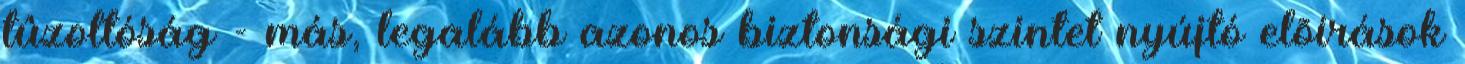
tûzoltóság - más, legalább azonos biztonsági szintet nyújtó elõírások